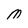
Character: M